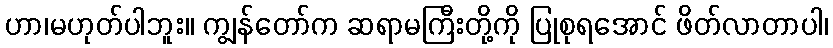
ဟာ၊မဟုတ်ပါဘူး။ ကျွန်တော်က ဆရာမကြီးတို့ကို ပြုစုရအောင် ဖိတ်လာတာပါ၊